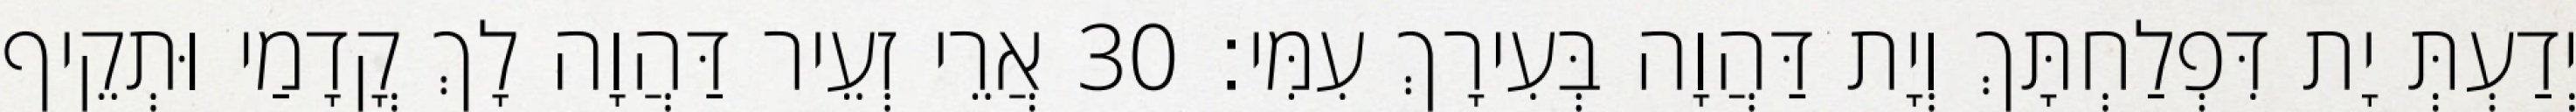
יְדַעְתְּ יָת דִּפְלַחְתָּךְ וְיָת דַּהֲוָה בְּעִירָךְ עִמִּי׃ 30 אֲרֵי זְעֵיר דַּהֲוָה לָךְ קֳדָמַי וּתְקֵיף